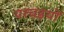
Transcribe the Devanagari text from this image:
परचइयों